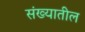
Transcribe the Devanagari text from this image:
संख्यातील